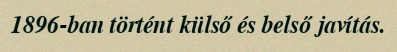
1896-ban történt külső és belső javítás.